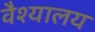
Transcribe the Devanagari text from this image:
वैश्यालय